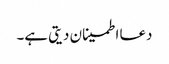
دعا اطمینان دیتی ہے۔